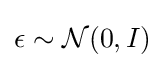
\epsilon \sim {\mathcal {N}}(0,I)